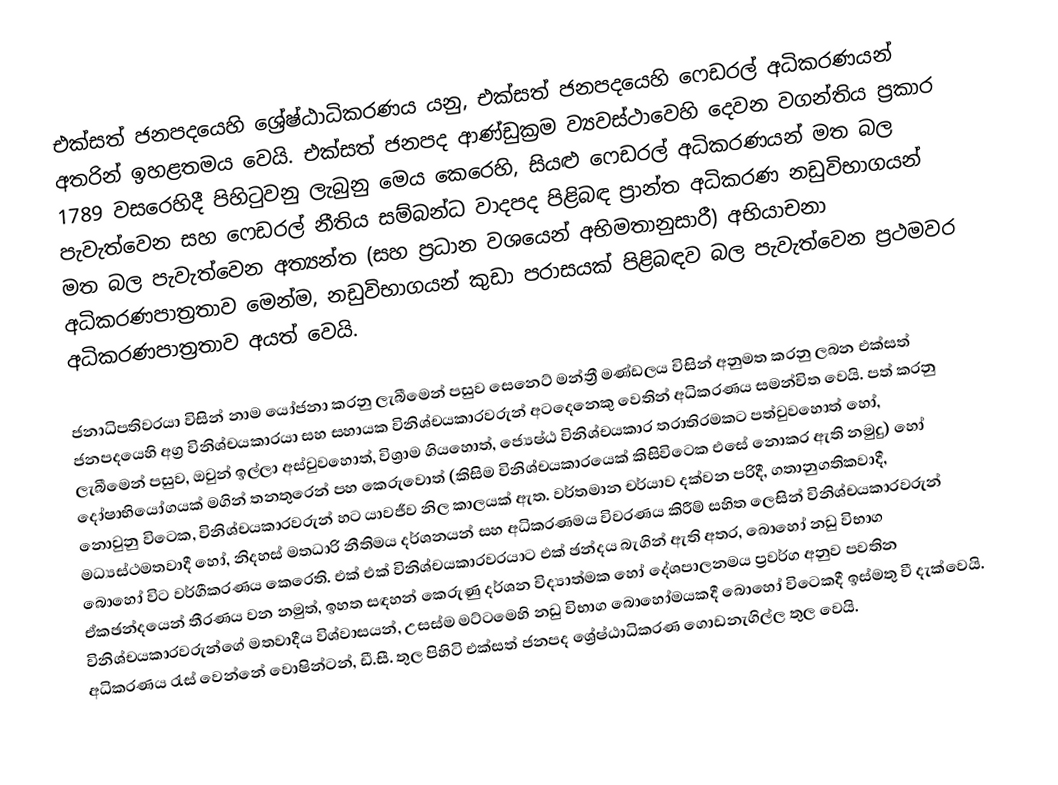
එක්සත් ජනපදයෙහි ශ්‍රේෂ්ඨාධිකරණය යනු,  එක්සත් ජනපදයෙහි ෆෙඩරල් අධිකරණයන් අතරින් ඉහළතමය වෙයි. එක්සත් ජනපද ආණ්ඩුක්‍රම ව්‍යවස්ථාවෙහි දෙවන වගන්තිය  ප්‍රකාර 1789 වසරෙහිදී පිහිටුවනු ලැබුනු මෙය කෙරෙහි, සියළු ෆෙඩරල් අධිකරණයන් මත බල පැවැත්වෙන සහ  ෆෙඩරල් නීතිය සම්බන්ධ වාදපද පිළිබඳ ප්‍රාන්ත අධිකරණ නඩුවිභාගයන් මත බල පැවැත්වෙන අත්‍යන්ත (සහ ප්‍රධාන වශයෙන් අභිමතානුසාරී) අභියාචනා අධිකරණපාත්‍රතාව මෙන්ම, නඩුවිභාගයන් කුඩා පරාසයක් පිළිබඳව බල පැවැත්වෙන ප්‍රථමවර අධිකරණපාත්‍රතාව අයත් වෙයි.

ජනාධිපතිවරයා විසින් නාම යෝජනා කරනු ලැබීමෙන් පසුව සෙනෙට් මන්ත්‍රී මණ්ඩලය විසින් අනුමත කරනු ලබන එක්සත් ජනපදයෙහි අග්‍ර විනිශ්චයකාරයා සහ  සහායක විනිශ්චයකාරවරුන් අටදෙනෙකු වෙතින් අධිකරණය සමන්විත වෙයි. පත් කරනු ලැබීමෙන් පසුව, ඔවුන් ඉල්ලා අස්වුවහොත්, විශ්‍රාම ගියහොත්, ජ්‍යෙෂ්ඨ විනිශ්චයකාර තරාතිරමකට පත්වුවහොත් හෝ, දෝෂාභියෝගයක්  මගින් තනතුරෙන් පහ කෙරුවොත් (කිසිම විනිශ්චයකාරයෙක් කිසිවිටෙක එසේ නොකර ඇති නමුදු) හෝ නොවුනු විටෙක, විනිශ්චයකාරවරුන් හට යාවජීව නිල කාලයක් ඇත. වර්තමාන චර්යාව දක්වන පරිදී, ගතානුගතිකවාදී, මධ්‍යස්ථමතවාදී හෝ, නිදහස් මතධාරි නීතිමය දර්ශනයන් සහ අධිකරණමය විවරණය කිරීම් සහිත ලෙසින් විනිශ්චයකාරවරුන් බොහෝ විට වර්ගීකරණය කෙරෙති. එක් එක් විනිශ්චයකාරවරයාට එක් ඡන්දය බැගින් ඇති අතර, බොහෝ නඩු විභාග ඒකඡන්දයෙන් තීරණය වන නමුත්, ඉහත සඳහන් කෙරුණු දර්ශන විද්‍යාත්මක හෝ දේශපාලනමය ප්‍රවර්ග අනුව පවතින විනිශ්චයකාරවරුන්ගේ මතවාදීය විශ්වාසයන්, උසස්ම මට්ටමෙහි නඩු විභාග බොහෝමයකදී  බොහෝ විටෙකදී ඉස්මතු වී දැක්වෙයි. අධිකරණය රැස් වෙන්නේ  වොෂින්ටන්, ඩී.සී. තුල පිහිටි එක්සත් ජනපද ශ්‍රේෂ්ඨාධිකරණ ගොඩනැගිල්ල තුල වෙයි.